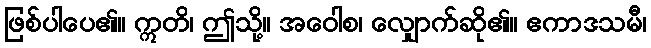
ဖြစ်ပါပေ၏။ ဣတိ၊ ဤသို့။ အဝေါစ၊ လျှောက်ဆို၏။ ဧကာဒသမီ၊